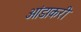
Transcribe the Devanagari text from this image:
आंडाकरी